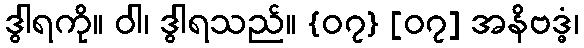
ဒွါရကို။ ဝါ၊ ဒွါရသည်။ {၀၇} [၀၇] အနိဗဒ္ဓံ၊